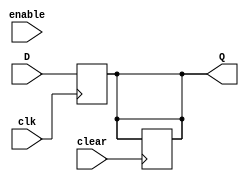
module REG_32(
    input clk,
    input clear,
    input enable,
    input wire [31:0] D,
    output reg[31:0] Q
);
    always @(posedge clear) begin
		if (clear == 0) begin 
			Q<=0;
		end
	end
	
		always@(posedge clk)
		begin
			Q<=D;
	 end
endmodule